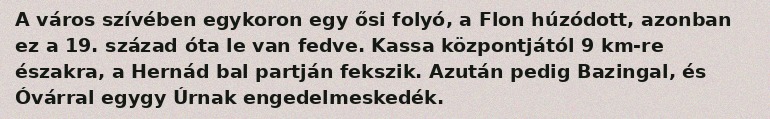
A város szívében egykoron egy ősi folyó, a Flon húzódott, azonban ez a 19. század óta le van fedve. Kassa központjától 9 km-re északra, a Hernád bal partján fekszik. Azután pedig Bazingal, és Óvárral egygy Úrnak engedelmeskedék.